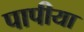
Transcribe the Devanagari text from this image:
पापीया